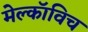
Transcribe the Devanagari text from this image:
मेल्काॅविच